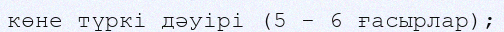
көне түркі дәуірі (5 - 6 ғасырлар);